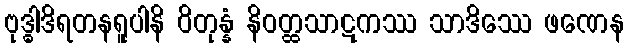
ဗုဒ္ဓါဒိရတနရူပါနိ ဝိတုန္နံ နိဝတ္ထသာဋကဿ သာဒိဿေ ဖဏေန